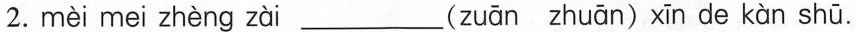
2. mèi mei zhèng zài ___( zuān zhuān ) xīn de kàn shū.